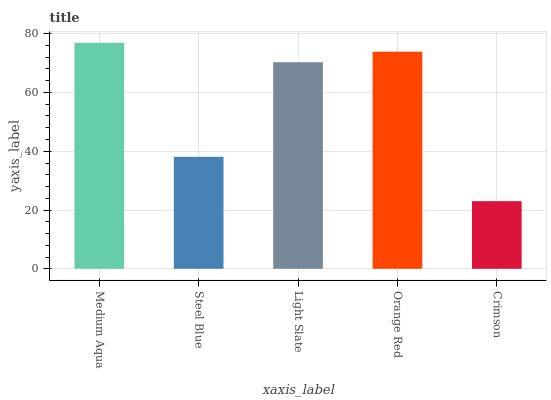
| xaxis_label | bars |
 | --- | --- |
 | Medium Aqua | 76.9 |
 | Steel Blue | 38.1 |
 | Light Slate | 70.3 |
 | Orange Red | 73.9 |
 | Crimson | 23 |